Annual report of the Punjab Veterinary College and of the Civil Veterinary Department, Punjab - 1920-1925
Year: 1920
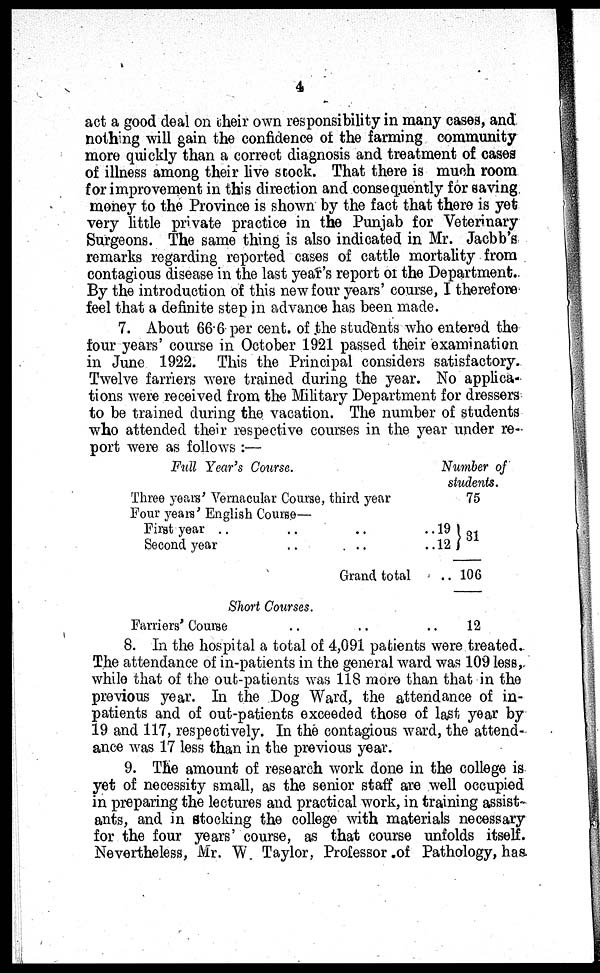
4
act a good deal on their own responsibility in many cases, and
nothing will gain the confidence of the farming community
more quickly than a correct diagnosis and treatment of cases
of illness among their live stock. That there is much room
for improvement in this direction and consequently for saving
money to the Province is shown by the fact that there is yet
very little private practice in the Punjab for Veterinary
Surgeons. The same thing is also indicated in Mr. Jacbb's
remarks regarding reported cases of cattle mortality from
contagious disease in the last year's report of the Department.
By the introduction of this new four years' course, I therefore
feel that a definite step in advance has been made.
7. About 66.6 per cent of the students who entered the
four years' course in October 1921 passed their examination
in June 1922. This the Principal considers satisfactory.
Twelve farriers were trained during the year. No applica-
tions were received from the Military Department for dressers
to be trained during the vacation. The number of students
who attended their respective courses in the year under re-
port were as follows :—
Full Year's Course.
Three years' Vernacular Course, third year
Number of
students.
75
Four years' English Course—
First year .. .. ..
Second year .. ..
Grand total
.. 19
.. 12
..
31
106
Short Courses.
Farriers' Course .. ..
.. 12
8. In the hospital a total of 4,091 patients were treated.
The attendance of in-patients in the general ward was 109 less,
while that of the out-patients was 118 more than that in the
previous year. In the Dog Ward, the attendance of in-
patients and of out-patients exceeded those of last year by
19 and 117, respectively. In the contagious ward, the attend-
ance was 17 less than in the previous year.
9. The amount of research work done in the college is
yet of necessity small, as the senior staff are well occupied
in preparing the lectures and practical work, in training assist-
ants, and in stocking the college with materials necessary
for the four years' course, as that course unfolds itself.
Nevertheless, Mr. W Taylor, Professor of Pathology, has